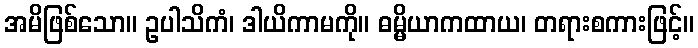
အမိဖြစ်သော။ ဥပါသိကံ၊ ဒါယိကာမကို။ ဓမ္မိယာကထာယ၊ တရားစကားဖြင့်။